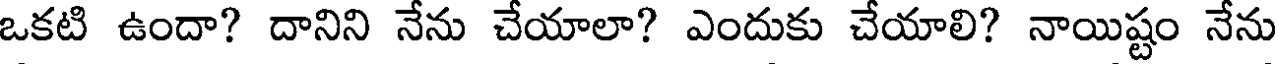
ఒకటి ఉందా? దానిని నేను చేయాలా? ఎందుకు చేయాలి? నాయిష్టం నేను